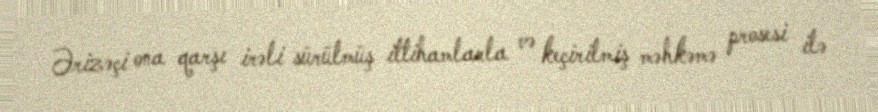
Ərizəçi ona qarşı irəli sürülmüş ittihamlarla və keçirilmiş məhkəmə prosesi ilə